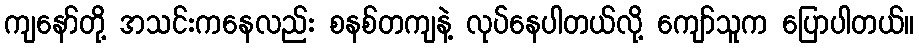
ကျနော်တို့ အသင်းကနေလည်း စနစ်တကျနဲ့ လုပ်နေပါတယ်လို့ ကျော်သူက ပြောပါတယ်။